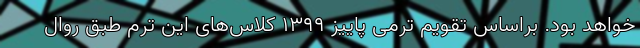
خواهد بود. براساس تقویم ترمی پاییز ۱۳۹۹ کلاس‌های این ترم طبق روال